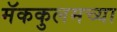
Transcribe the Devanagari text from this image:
मॅककुलमच्या